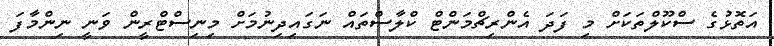
އަތޮޅުގެ ސްކޫލްތަކަށް މި ފަދަ އެންރިޗްމަންޓް ކްލާސްތައް ނަގައިދިނުމަށް މިނިސްޓްރީން ވަނީ ނިންމާފަ